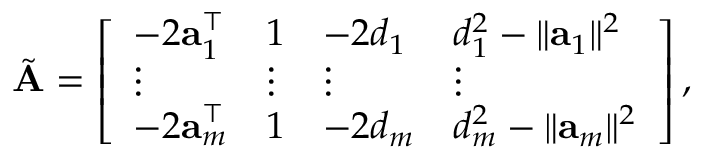
\tilde { \bf A } = \left[ \begin{array} { l l l l } { - 2 { \bf a } _ { 1 } ^ { \top } } & { 1 } & { - 2 d _ { 1 } } & { d _ { 1 } ^ { 2 } - \| { \bf a } _ { 1 } \| ^ { 2 } } \\ { \vdots } & { \vdots } & { \vdots } & { \vdots } \\ { - 2 { \bf a } _ { m } ^ { \top } } & { 1 } & { - 2 d _ { m } } & { d _ { m } ^ { 2 } - \| { \bf a } _ { m } \| ^ { 2 } } \end{array} \right] ,